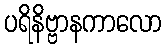
ပရိနိဗ္ဗာနကာလော